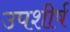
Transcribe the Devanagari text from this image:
उपशीर्ष